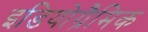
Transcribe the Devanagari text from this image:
इडियोग्रैमिक